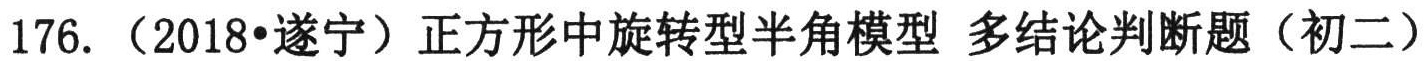
176. （2018•遂宁）正方形中旋转型半角模型 多结论判断题（初二）